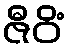
ဇီဝိံ